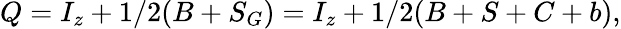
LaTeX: Q=I_{z}+1/2(B+S_{G})=I_{z}+1/2(B+S+C+b),